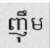
ញ៉ឹម